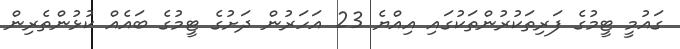
ގައުމީ ޓީމުގެ ފަރިތަކުރުންތަކުގައި އިއްޔެ 23 އަހަރުން ދަށުގެ ޓީމުގެ ބައެއް ކުޅުންތެރިން